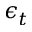
\epsilon _ { t }